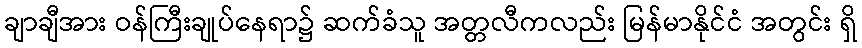
ချာချီအား ဝန်ကြီးချုပ်နေရာ၌ ဆက်ခံသူ အတ္တလီကလည်း မြန်မာနိုင်ငံ အတွင်း ရှိ